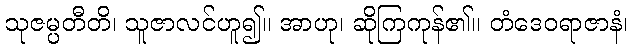
သုဇမ္ပတီတိ၊ သူဇာလင်ဟူ၍။ အာဟု၊ ဆိုကြကုန်၏။ တံဒေဝရာဇာနံ၊